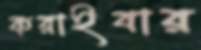
করাইবার